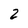
Character: 2